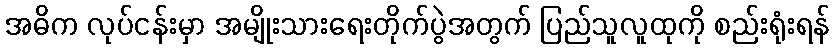
အဓိက လုပ်ငန်းမှာ အမျိုးသားရေးတိုက်ပွဲအတွက် ပြည်သူလူထုကို စည်းရုံးရန်